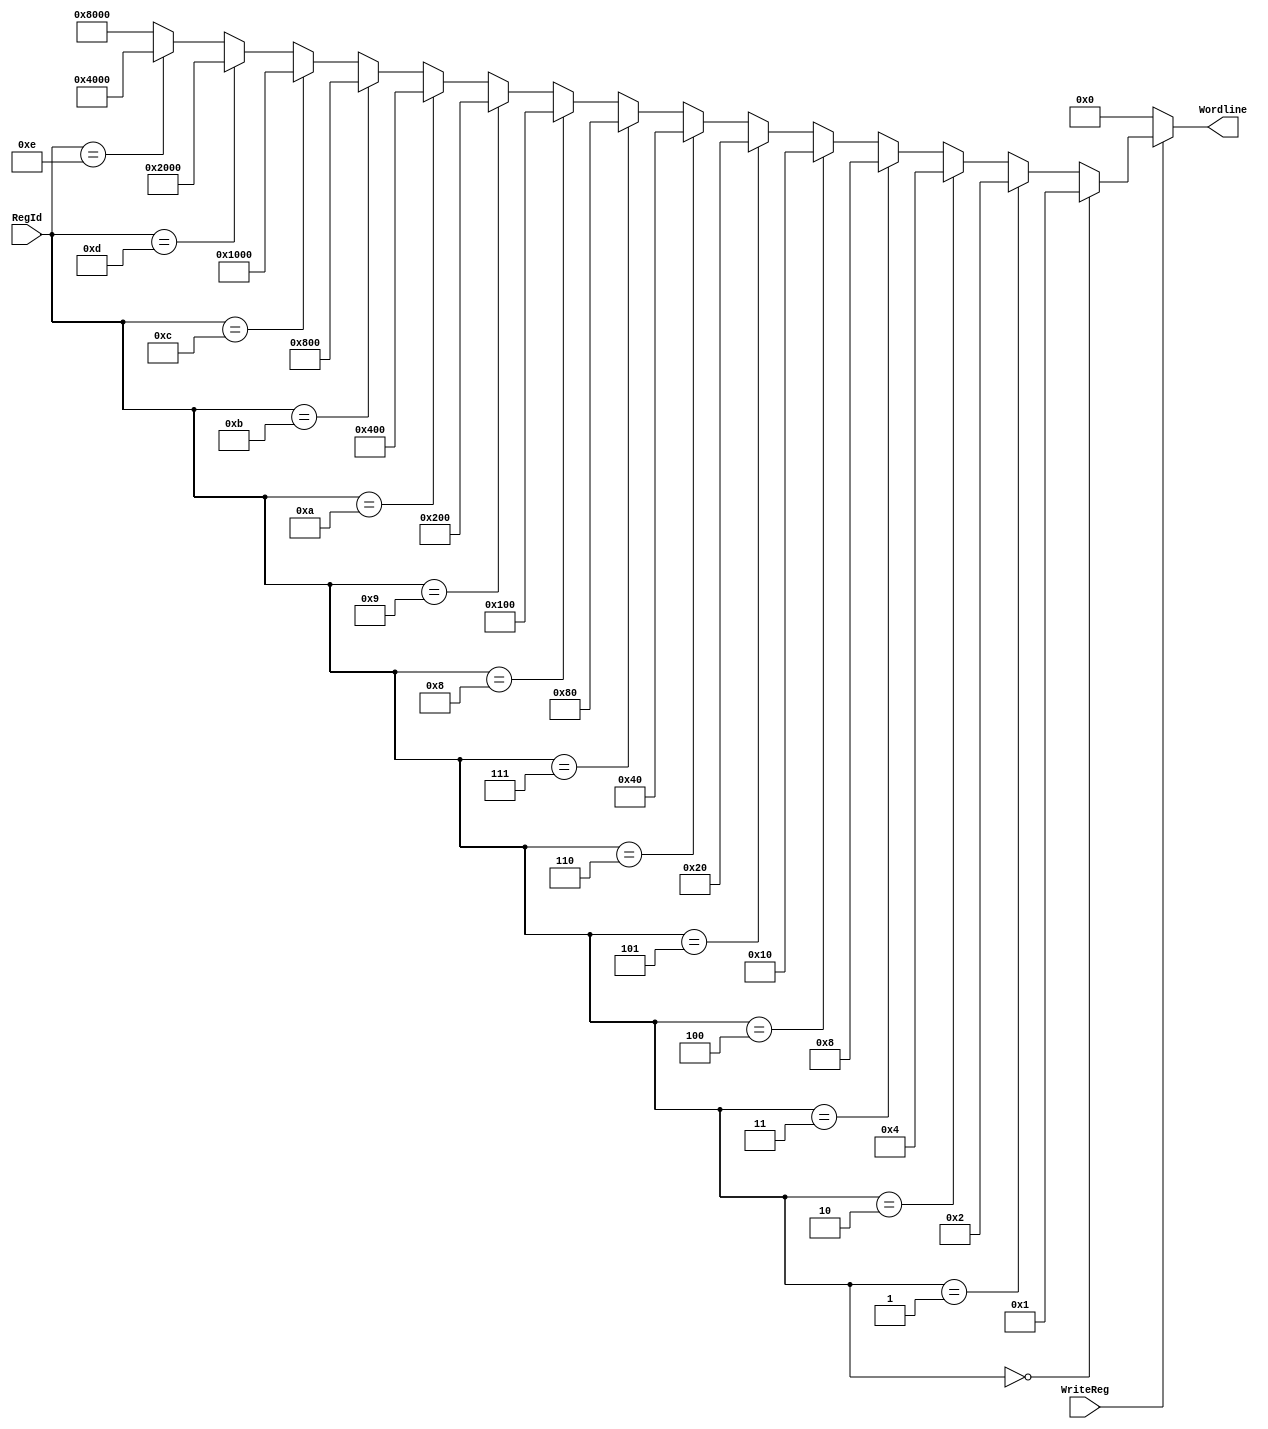
module WriteDecoder_4_16(RegId, WriteReg, Wordline);

input WriteReg;
input [3:0] RegId;
output [15:0] Wordline;

assign Wordline = (WriteReg == 1'b0) ? 16'h0 :
                  (RegId == 0) ? 16'h1 :
                  (RegId == 1) ? 16'h2 :
                  (RegId == 2) ? 16'h4 :
                  (RegId == 3) ? 16'h8 :
                  (RegId == 4) ? 16'h10 :
                  (RegId == 5) ? 16'h20 :
                  (RegId == 6) ? 16'h40 :
                  (RegId == 7) ? 16'h80 :
                  (RegId == 8) ? 16'h100 :
                  (RegId == 9) ? 16'h200 :
                  (RegId == 10) ? 16'h400 :
                  (RegId == 11) ? 16'h800 :
                  (RegId == 12) ? 16'h1000 :
                  (RegId == 13) ? 16'h2000 :
                  (RegId == 14) ? 16'h4000 : 16'h8000;

endmodule // WriteDecoder_4_16